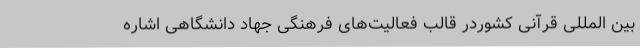
بین المللی قرآنی کشوردر قالب فعالیت‌های فرهنگی جهاد دانشگاهی اشاره